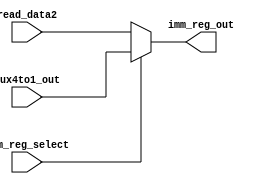
module imm_reg_select_mux(imm_reg_out, mux4to1_out, read_data2, imm_reg_select);

    parameter DataSize = 32;

    output [DataSize-1:0]imm_reg_out;

    input [DataSize-1:0]mux4to1_out;
    input [DataSize-1:0]read_data2;
    input imm_reg_select;
  
    assign imm_reg_out = (imm_reg_select) ? mux4to1_out : read_data2;

endmodule